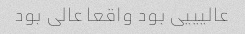
عالیییی بود واقعا عالی بود